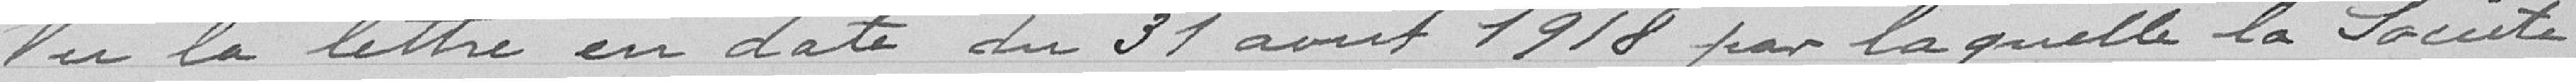
Vu la lettre en date du 31 août 1918 par laquelle la Société